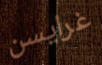
غرايسن